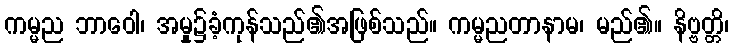
ကမ္မည ဘာဝေါ၊ အမှု၌ခံ့ကုန်သည်၏အဖြစ်သည်။ ကမ္မညတာနာမ၊ မည်၏။ နိဗ္ဗတ္တိ၊